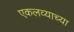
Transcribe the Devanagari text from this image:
एकलव्याच्या